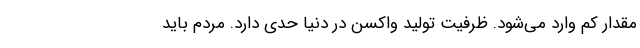
مقدار کم وارد می‌شود. ظرفیت تولید واکسن در دنیا حدی دارد. مردم باید